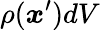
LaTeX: \rho({\boldsymbol{x}}^{\prime})dV